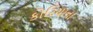
કોરિયાના